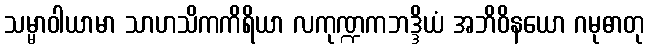
သမ္မာဝါယာမာ သာဟသိကကိရိယာ လကုဏ္ဍကဘဒ္ဒိယံ အဘိဝိနယော ဂမုဓာတု